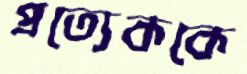
প্রত্যেককে